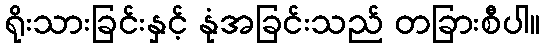
ရိုးသားခြင်းနှင့် နုံအခြင်းသည် တခြားစီပါ။